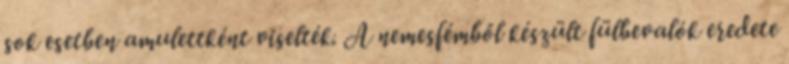
sok esetben amulettként viselték. A nemesfémből készült fülbevalók eredete